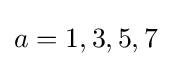
a=1,3,5,7